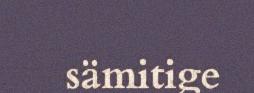
sämitige